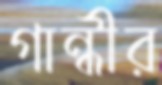
গান্ধীর